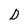
Character: D